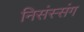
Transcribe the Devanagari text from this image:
निसंस्संग